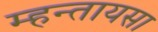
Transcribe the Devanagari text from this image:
म्हन्तायसा